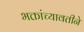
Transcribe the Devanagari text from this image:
भक्तांच्यावतीने